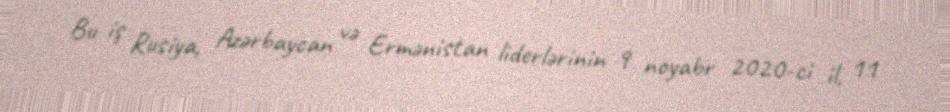
Bu iş Rusiya, Azərbaycan və Ermənistan liderlərinin 9 noyabr 2020-ci il, 11